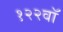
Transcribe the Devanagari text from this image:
१२२वॉ